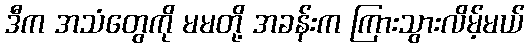
ဒီက အသံတွေကို မမတို့ အခန်းက ကြားသွားလိမ့်မယ်